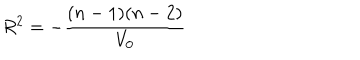
R ^ { 2 } = - \frac { ( n - 1 ) ( n - 2 ) } { V _ { 0 } }